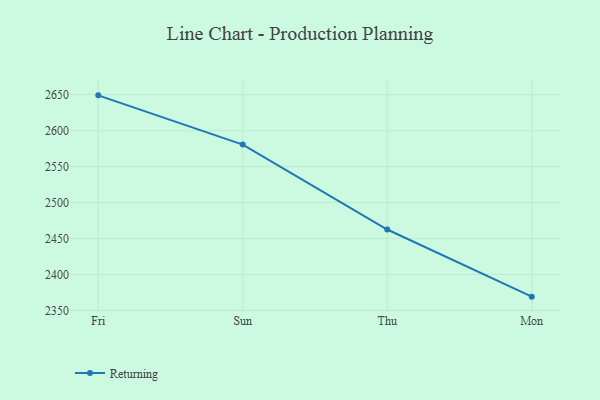
{"axis": {"x": "Day", "y": "Customer Acquisition Cost (USD)"}, "legend": ["Returning"], "data": [{"x": "Fri", "y": 2649.1, "type": "Returning"}, {"x": "Sun", "y": 2580.6, "type": "Returning"}, {"x": "Thu", "y": 2462.5, "type": "Returning"}, {"x": "Mon", "y": 2369.1, "type": "Returning"}]}